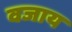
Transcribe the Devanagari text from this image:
वजाय